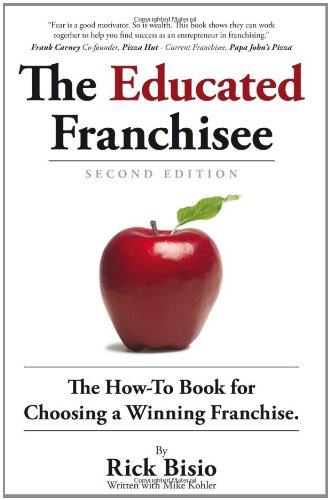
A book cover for The Educated Franchisee: The How-To Book for Choosing a Winning Franchise, 2nd Edition; Rick Bisio; Business & Money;